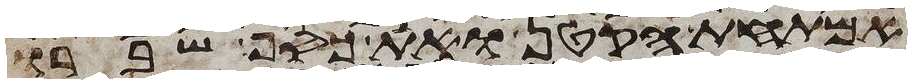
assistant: אמתחת הקטן ואת כסף שברו